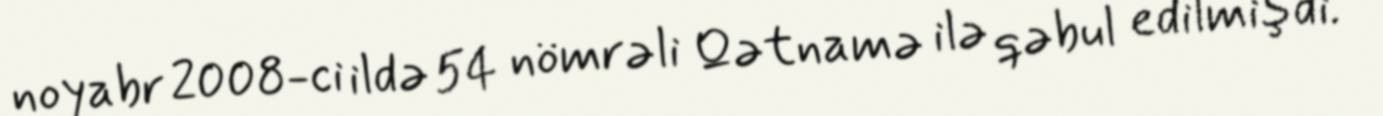
noyabr 2008-ci ildə 54 nömrəli Qətnamə ilə qəbul edilmişdi.